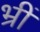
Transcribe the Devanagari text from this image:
भ्रीं